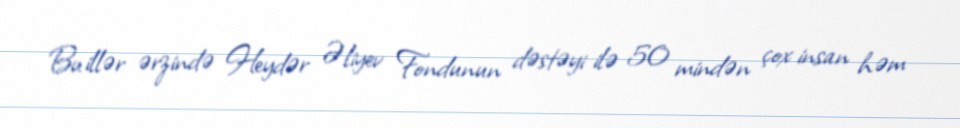
Bu illər ərzində Heydər Əliyev Fondunun dəstəyi ilə 50 mindən çox insan həm